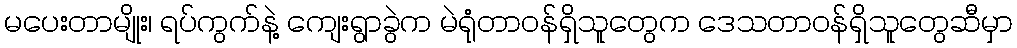
မပေးတာမျိုး၊ ရပ်ကွက်နဲ့ ကျေးရွာခွဲက မဲရုံတာဝန်ရှိသူတွေက ဒေသတာဝန်ရှိသူတွေဆီမှာ